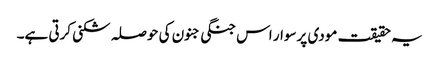
یہ حقیقت مودی پرسوار اس جنگی جنون کی حوصلہ شکنی کرتی ہے۔